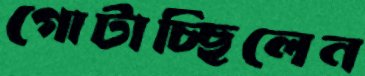
গোটাচ্ছিলেন